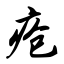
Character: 疮